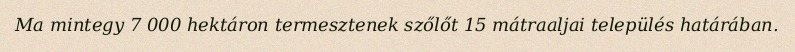
Ma mintegy 7 000 hektáron termesztenek szőlőt 15 mátraaljai település határában.